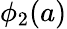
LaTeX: \phi_{2}(a)